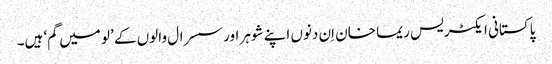
پاکستانی ایکٹریس ریما خان اِن دنوں اپنے شوہر اور سسرال والوں کے ’لو میں گم‘ ہیں۔